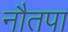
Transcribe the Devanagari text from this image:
नौतपा